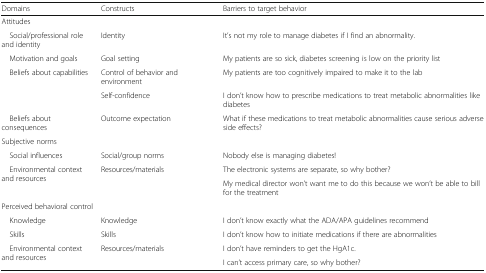
<table><thead><tr><td><b>Domains</b></td><td><b>Constructs</b></td><td><b>Barriers to target behavior</b></td></tr></thead><tbody><tr><td colspan="3">Attitudes</td></tr><tr><td> Social/professional role and identity</td><td>Identity</td><td>It’s not my role to manage diabetes if I find an abnormality.</td></tr><tr><td> Motivation and goals</td><td>Goal setting</td><td>My patients are so sick, diabetes screening is low on the priority list</td></tr><tr><td rowspan="2"> Beliefs about capabilities</td><td>Control of behavior and environment</td><td>My patients are too cognitively impaired to make it to the lab</td></tr><tr><td>Self-confidence</td><td>I don’t know how to prescribe medications to treat metabolic abnormalities like diabetes</td></tr><tr><td> Beliefs about consequences</td><td>Outcome expectation</td><td>What if these medications to treat metabolic abnormalities cause serious adverse side effects?</td></tr><tr><td colspan="3">Subjective norms</td></tr><tr><td> Social influences</td><td>Social/group norms</td><td>Nobody else is managing diabetes!</td></tr><tr><td rowspan="2"> Environmental context and resources</td><td rowspan="2">Resources/materials</td><td>The electronic systems are separate, so why bother?</td></tr><tr><td>My medical director won’t want me to do this because we won’t be able to bill for the treatment</td></tr><tr><td colspan="3">Perceived behavioral control</td></tr><tr><td> Knowledge</td><td>Knowledge</td><td>I don’t know exactly what the ADA/APA guidelines recommend</td></tr><tr><td> Skills</td><td>Skills</td><td>I don’t know how to initiate medications if there are abnormalities</td></tr><tr><td rowspan="2"> Environmental context and resources</td><td rowspan="2">Resources/materials</td><td>I don’t have reminders to get the HgA1c.</td></tr><tr><td>I can’t access primary care, so why bother?</td></tr></tbody></table>